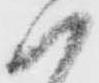
ハ